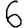
Digit: 6